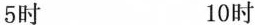
5时 10时